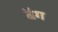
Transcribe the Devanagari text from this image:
वॅग